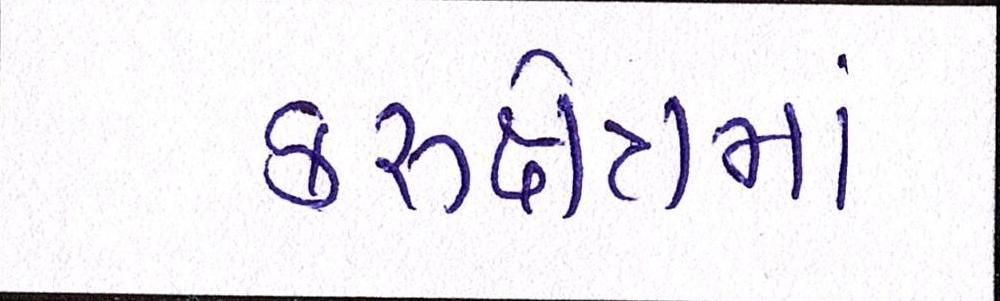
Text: કરુક્ષેત્રમાં